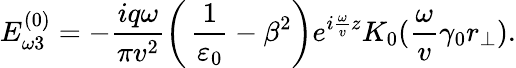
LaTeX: E_{\omega 3}^{(0)}=-\frac{iq\omega}{\pi v^{2}}\left(\, \frac{1}{\varepsilon_{0}}-\beta^{2}\right)e^{i\frac{\omega}{v}z}K_{0}(\frac{\omega}{v}\gamma_{0}r_{\perp}).